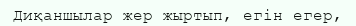
Диқаншылар жер жыртып, егін егер,